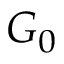
G _ { 0 }